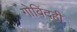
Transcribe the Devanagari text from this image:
गोविंदही